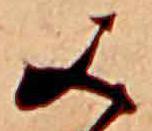
み